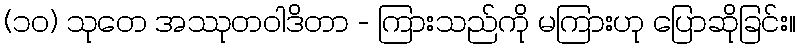
(၁၀) သုတေ အဿုတဝါဒိတာ - ကြားသည်ကို မကြားဟု ပြောဆိုခြင်း။